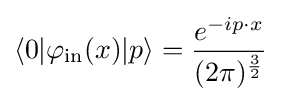
\langle 0|\varphi _{\mathrm {in} }(x)|p\rangle ={\frac {e^{-ip\cdot x}}{(2\pi )^{\frac {3}{2}}}}